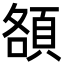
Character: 頟